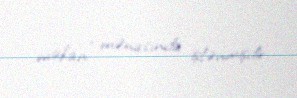
məkan" mənasında işlənmişdir.